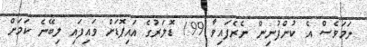
ނަމަވެސް އެ ކުންފުނިން ނެރެފައިވާ 199 ޑޮލަރުގެ އައިޕޮޑަށް ވައިފައި ލިބޭނެ ކަމަށް